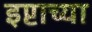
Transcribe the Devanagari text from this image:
इप्टाच्या